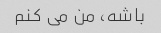
باشه، من می کنم